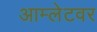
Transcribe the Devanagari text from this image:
आम्लेटवर